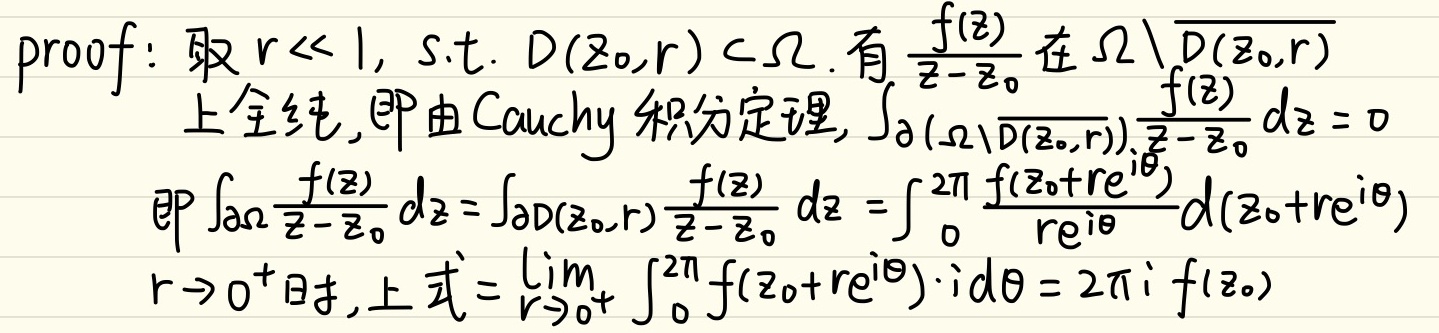
proof: 取 \(r\ll1\), s.t. \(D(z_0,r)\subset\Omega\)。有 \(\frac{f(z)}{z - z_0}\) 在 \(\Omega\setminus\overline{D(z_0,r)}\) 上全纯，即由Cauchy积分定理，
\(\int_{\partial(\Omega\setminus\overline{D(z_0,r)})}\frac{f(z)}{z - z_0}dz = 0\)
即 \(\int_{\partial\Omega}\frac{f(z)}{z - z_0}dz=\int_{\partial D(z_0,r)}\frac{f(z)}{z - z_0}dz=\int_{0}^{2\pi}\frac{f(z_0 + re^{i\theta})}{re^{i\theta}}d(z_0 + re^{i\theta})\)
\(r\to0^{+}\) 时，上式 \(=\lim_{r\to0^{+}}\int_{0}^{2\pi}f(z_0 + re^{i\theta})\cdot id\theta=2\pi i f(z_0)\)